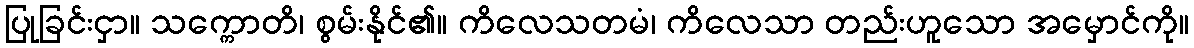
ပြုခြင်းငှာ။ သက္ကောတိ၊ စွမ်းနိုင်၏။ ကိလေသတမံ၊ ကိလေသာ တည်းဟူသော အမှောင်ကို။